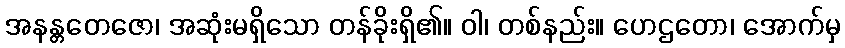
အနန္တတေဇော၊ အဆုံးမရှိသော တန်ခိုးရှိ၏။ ဝါ၊ တစ်နည်း။ ဟေဌတော၊ အောက်မှ